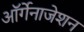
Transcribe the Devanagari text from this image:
ऑर्गेनाजेशन